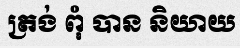
ត្រង់ ពុំ បាន និយាយ